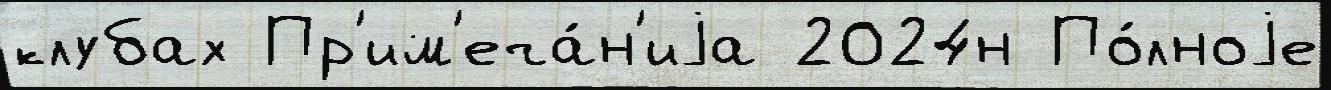
клубах Пр'им'еча́н'иjа 2024н По́лноjе